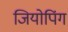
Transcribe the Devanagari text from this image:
जियोपिंग